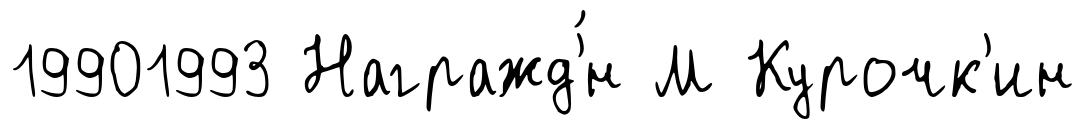
19901993 Награжд'́н М Курочк'ин